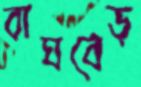
বাঘবেড়